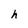
Character: h